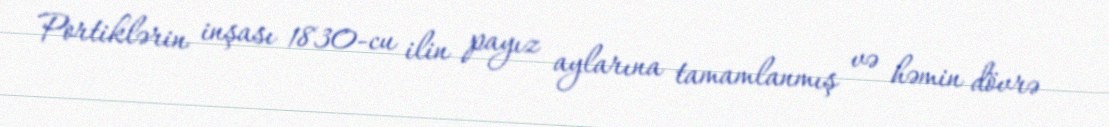
Portiklərin inşası 1830-cu ilin payız aylarına tamamlanmış və həmin dövrə